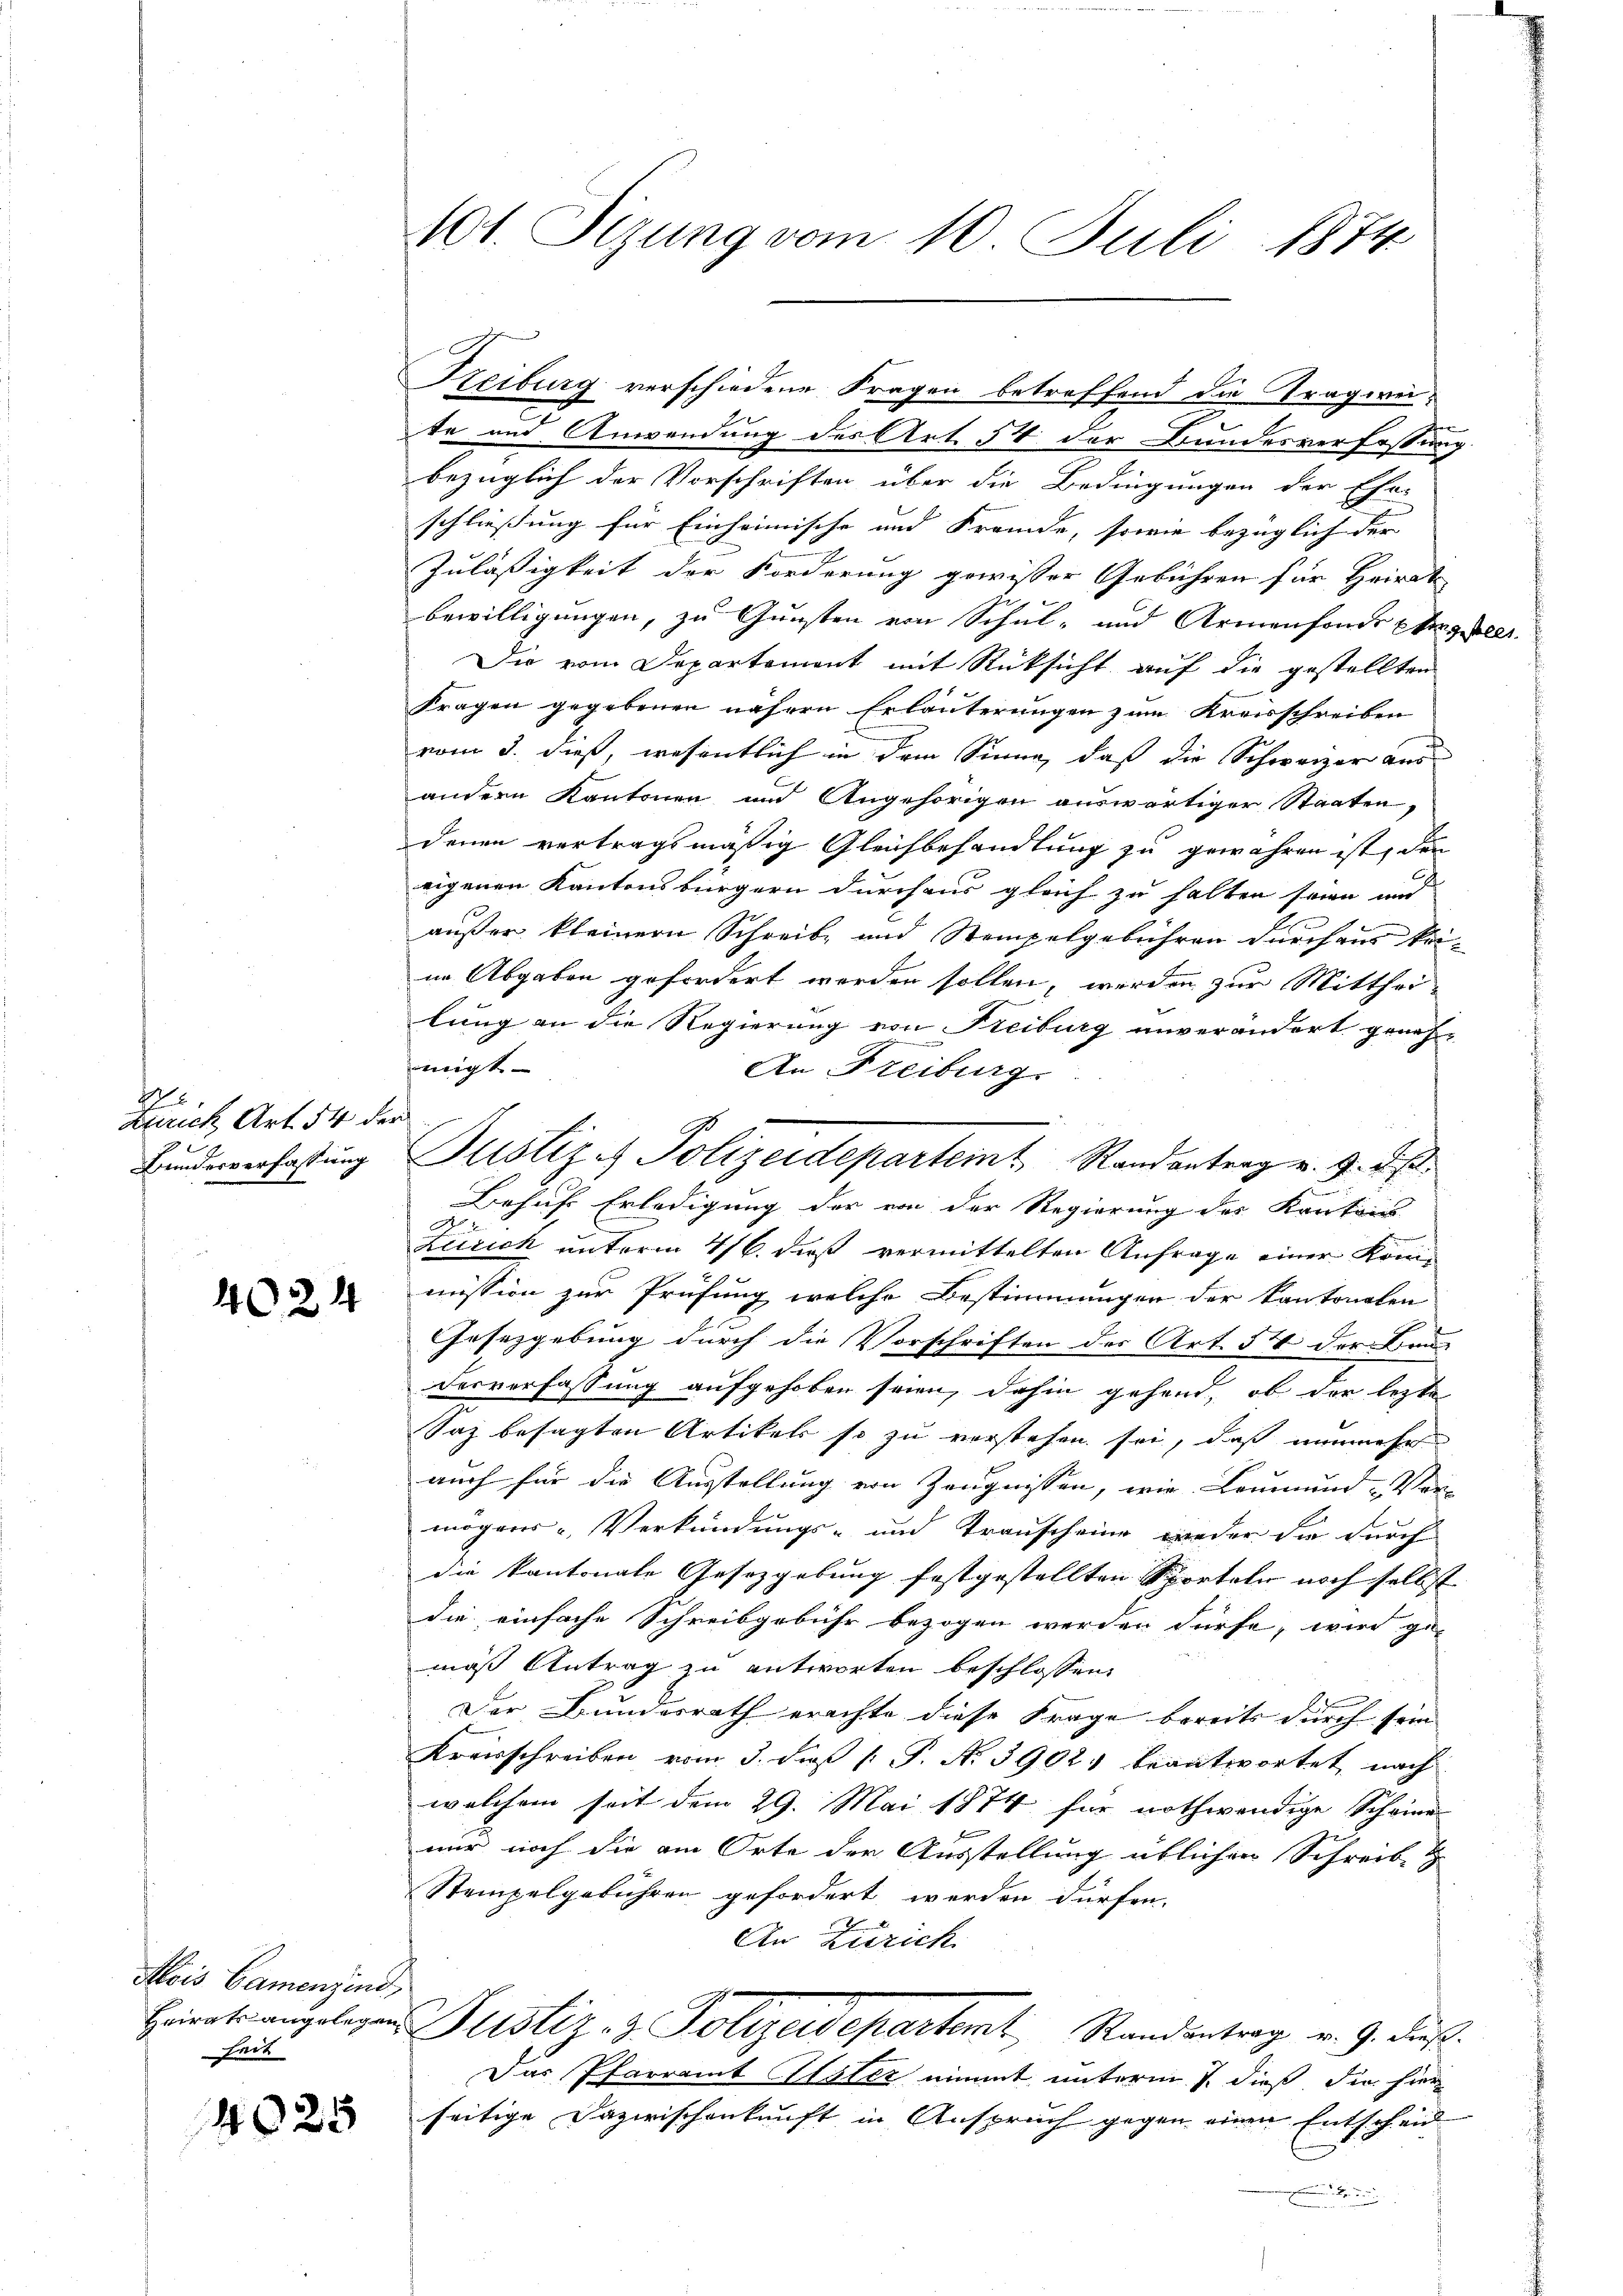
4
Zürich Art. 54 der
1
Bundesverfassung

4024

te und Anwendung des Art. 54 der Bundesverfassung.
bezüglich der Vorschriften über die Bedingungen der Ehe-
schließung für Einheimische und Fremde, sowie bezüglich der |
Zuläßigkeit der Forderung gewisser Gebühren für Heirat
bewilligungen, zu Gunsten von Schul- und Armenfonde Eheger
Die vom Departement mit Rücksicht auf die gestellten
Fragen gegebenen nähern Erläuterungen zum Kreisschreiben
vom 3. dieß, wesentlich in dem Sinne, daß die Schweizer aus
andern Kantonen und Angehörigen auswärtiger Staaten,
denen vertragsmäßig Gleichbehandlung zu gewähren ist, den
4
eigenen Kantonsbürgern durchaus gleich zu halten seien und
außer kleinern Schreibe und Stempelgebühren durchaus keiin Abgaben gefordert werden sollen, werden zur Mittheilung an die Regierung von Freiburg unverändert geneh-
migt.
An Freiburg.
Behuf Erledigung der von der Regierung des Kantons-

Zürich unterm 4/6. dieß vermittelten Anfrage einer Kom-
mission zur Prüfung welche Bestimmungen der Kantonalen
Gesetzgebung durch die Vorschriften des Art. 54 der Bau-
derverfassung aufgehoben seien, dahin gehend, ob der lezte
Saz besagten Artikels so zu verstehen sei, daß nunmehr
auch für die Ausstellung von Zeugnissen, wie Leumund Ver-
mögens u. Verkündungs- und Transcheine wieder die durch
die kantonale Gesetzgebung festgestellten Sportale noch selbst
die einfache Schreibgebühr bezogen werden dürfe, wird ge-
mas Antrag zu antworten beschlossen.
Der Bundesrath erachte diese Frage bereits durch sein
Kreisschreiben vom 3. daß P. N. 3902. beantwortet, nach
welchem seit dem 29. Mai 1874 für nothwendige Scheine
nur noch die am Orte der Ausstellung üblichen Schreibe
Stempelgebühren gefordert werden dürfen.
An Zürich.
Einatsangelegens Justiz- & Polizeidepartent, Randantrag v. 9. dieß.
Das Pfarramt Uster nimmt unterm 7. dieß die hier
seitige Dazwischenkunft in Anspruch gegen einen Entscheid
.

Mois Camenzind,
heit

4025

101. Sizung vom 10. Juli 1874

Reiburg verschiedene Fragen betreffend die Tragwei¬

Justiz- & Polizeidepartein Randantrag v. 9. d. M.